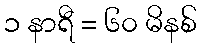
၁ နာရီ = ၆၀ မိနစ်